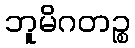
ဘူမိဂတဉ္စ